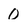
Character: 0